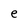
Character: e